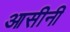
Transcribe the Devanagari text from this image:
आसीनी